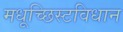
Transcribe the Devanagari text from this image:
मधूच्छिस्टविधान